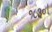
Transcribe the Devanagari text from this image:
१८३०।